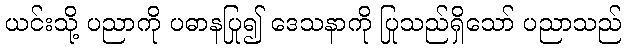
ယင်းသို့ ပညာကို ပဓာနပြု၍ ဒေသနာကို ပြုသည်ရှိသော် ပညာသည်